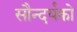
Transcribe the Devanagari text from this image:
सौन्दर्यको